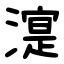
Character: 㵓